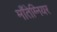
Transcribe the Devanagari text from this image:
माँतेग्नियर